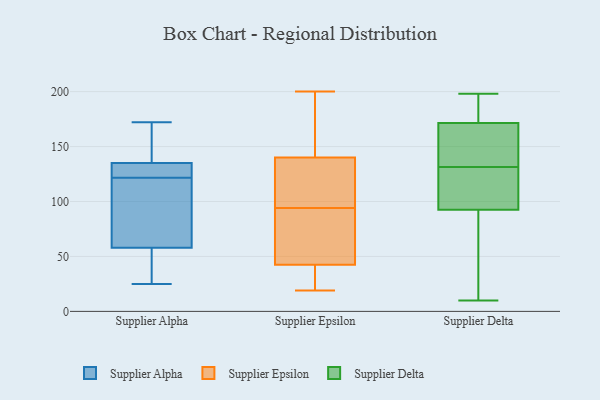
{"axis": {"x": "Shipments", "y": "Value"}, "legend": ["Supplier Alpha", "Supplier Delta", "Supplier Epsilon"], "data": [{"x": "", "y": 130, "type": "Supplier Alpha"}, {"x": "", "y": 127, "type": "Supplier Alpha"}, {"x": "", "y": 172, "type": "Supplier Alpha"}, {"x": "", "y": 142, "type": "Supplier Alpha"}, {"x": "", "y": 25, "type": "Supplier Alpha"}, {"x": "", "y": 58, "type": "Supplier Alpha"}, {"x": "", "y": 135, "type": "Supplier Alpha"}, {"x": "", "y": 146, "type": "Supplier Alpha"}, {"x": "", "y": 116, "type": "Supplier Alpha"}, {"x": "", "y": 78, "type": "Supplier Alpha"}, {"x": "", "y": 43, "type": "Supplier Alpha"}, {"x": "", "y": 128, "type": "Supplier Alpha"}, {"x": "", "y": 81, "type": "Supplier Alpha"}, {"x": "", "y": 34, "type": "Supplier Alpha"}, {"x": "", "y": 137, "type": "Supplier Epsilon"}, {"x": "", "y": 53, "type": "Supplier Epsilon"}, {"x": "", "y": 39, "type": "Supplier Epsilon"}, {"x": "", "y": 85, "type": "Supplier Epsilon"}, {"x": "", "y": 30, "type": "Supplier Epsilon"}, {"x": "", "y": 104, "type": "Supplier Epsilon"}, {"x": "", "y": 144, "type": "Supplier Epsilon"}, {"x": "", "y": 159, "type": "Supplier Epsilon"}, {"x": "", "y": 200, "type": "Supplier Epsilon"}, {"x": "", "y": 114, "type": "Supplier Epsilon"}, {"x": "", "y": 141, "type": "Supplier Epsilon"}, {"x": "", "y": 94, "type": "Supplier Epsilon"}, {"x": "", "y": 53, "type": "Supplier Epsilon"}, {"x": "", "y": 30, "type": "Supplier Epsilon"}, {"x": "", "y": 19, "type": "Supplier Epsilon"}, {"x": "", "y": 162, "type": "Supplier Delta"}, {"x": "", "y": 191, "type": "Supplier Delta"}, {"x": "", "y": 198, "type": "Supplier Delta"}, {"x": "", "y": 133, "type": "Supplier Delta"}, {"x": "", "y": 141, "type": "Supplier Delta"}, {"x": "", "y": 74, "type": "Supplier Delta"}, {"x": "", "y": 34, "type": "Supplier Delta"}, {"x": "", "y": 111, "type": "Supplier Delta"}, {"x": "", "y": 130, "type": "Supplier Delta"}, {"x": "", "y": 181, "type": "Supplier Delta"}, {"x": "", "y": 10, "type": "Supplier Delta"}, {"x": "", "y": 129, "type": "Supplier Delta"}]}